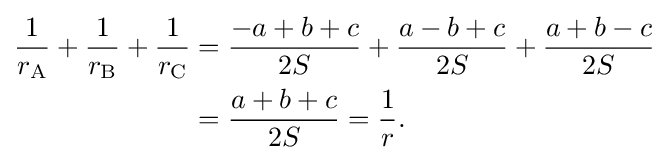
{\begin{aligned}{\frac {1}{r_{\text{A}}}}+{\frac {1}{r_{\text{B}}}}+{\frac {1}{r_{\text{C}}}}&={\frac {-a+b+c}{2S}}+{\frac {a-b+c}{2S}}+{\frac {a+b-c}{2S}}\\&={\frac {a+b+c}{2S}}={\frac {1}{r}}.\end{aligned}}